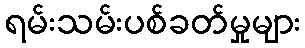
ရမ်းသမ်းပစ်ခတ်မှုများ